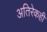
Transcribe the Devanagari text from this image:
अतिरेकही